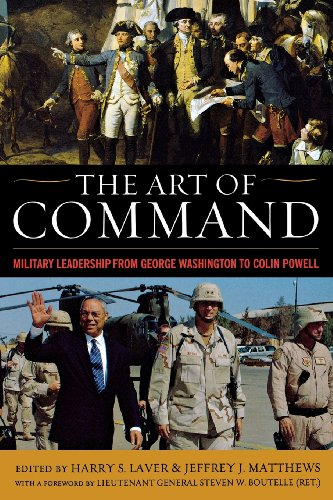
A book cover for The Art of Command: Military Leadership from George Washington to Colin Powell; History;